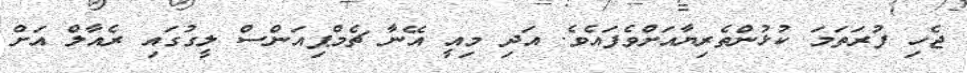
ޖެހި ފުރަތަމަ ކުޅުންތެރިޔާއަށްވެފައެވެ. އަދި މިއީ އޭނާ ޗެމްޕިއަންސް ލީގުގައި ރެއާލް އަށް